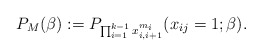
\begin{gather*}P_{M}(\beta):=P_{\prod _{i=1}^{k-1} x_{i,i+1}^{m_i}}(x_{ij}=1; \beta).\end{gather*}